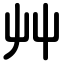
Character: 艸